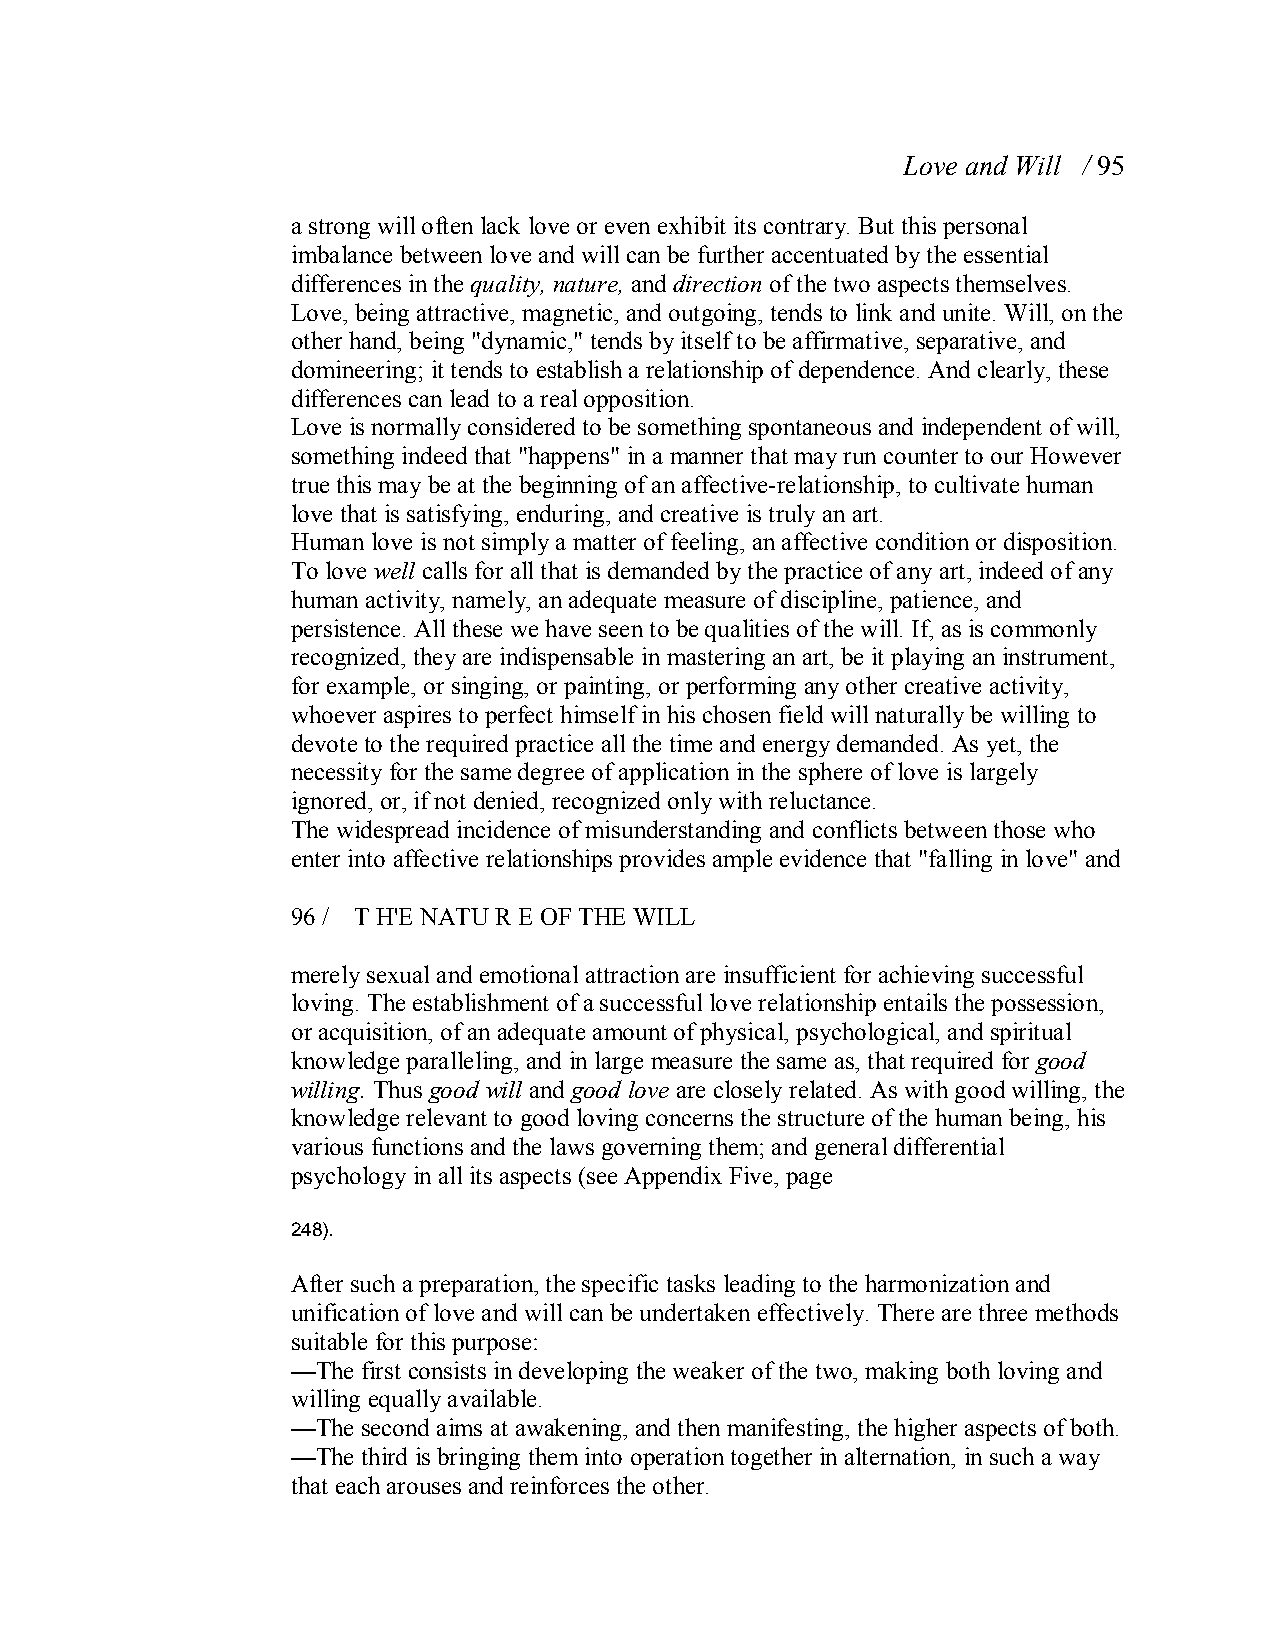
Love and Will / 95
 a strong will often lack love or even exhibit its contrary. But this personal
 imbalance between love and will can be further accentuated by the essential
 differences in the quality, nature, and direction of the two aspects themselves.
 Love, being attractive, magnetic, and outgoing, tends to link and unite. Will, on the
 other hand, being "dynamic," tends by itself to be affirmative, separative, and
 domineering; it tends to establish a relationship of dependence. And clearly, these
 differences can lead to a real opposition.
 Love is normally considered to be something spontaneous and independent of will,
 something indeed that "happens" in a manner that may run counter to our However
 true this may be at the beginning of an affective­relationship, to cultivate human
 love that is satisfying, enduring, and creative is truly an art.
 Human love is not simply a matter of feeling, anaffective condition or disposition.
 To love well calls for all that is demanded by the practice of any art, indeed ofany
 human activity, namely, an adequate measure of discipline, patience, and
 persistence. All these we have seen to be qualities of the will. If, as is commonly
 recognized, they are indispensable in mastering an art, be it playing an instrument,
 for example, or singing, or painting, or performing any other creative activity,
 whoever aspires to perfect himself in his chosen field will naturally be willing to
 devote to the required practice all the time and energy demanded. As yet, the
 necessity for the same degree of application in the sphere of love is largely
 ignored, or, if not denied, recognized only withreluctance.
 The widespread incidence of misunderstanding and conflicts between those who
 enter into affective relationships provides ample evidence that "falling in love" and
 96 / T H'E NATU R E OF THE WILL
 merely sexual and emotional attraction are insufficient for achieving successful
 loving. The establishment of a successful love relationship entails the possession,
 or acquisition, of an adequate amount of physical, psychological, and spiritual
 knowledge paralleling, and in large measure the same as, that required for good
 willing. Thus good will and good love are closely related. As with good willing, the
 knowledge relevant to good loving concerns the structure of the human being, his
 various functions and the laws governing them; and general differential
 psychology in all its aspects (see Appendix Five, page
 248).
 After such a preparation, the specific tasks leading to the harmonization and
 unification of love and will can be undertaken effectively. There are three methods
 suitable for this purpose:
 —The first consists in developing the weaker of the two, making both loving and
 willing equally available.
 —The second aims at awakening, and then manifesting, the higher aspects of both.
 —The third is bringing them into operation together in alternation, in such a way
 that each arouses and reinforces the other.